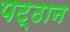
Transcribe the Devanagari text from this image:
पट्ठान